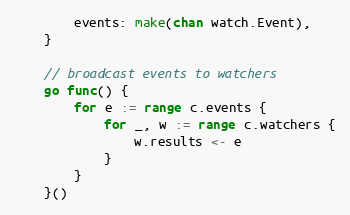
Language: Go
		events: make(chan watch.Event),
	}

	// broadcast events to watchers
	go func() {
		for e := range c.events {
			for _, w := range c.watchers {
				w.results <- e
			}
		}
	}()